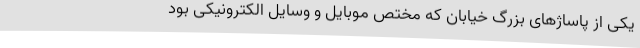
یکی از پاساژهای بزرگ خیابان که مختص موبایل و وسایل الکترونیکی بود